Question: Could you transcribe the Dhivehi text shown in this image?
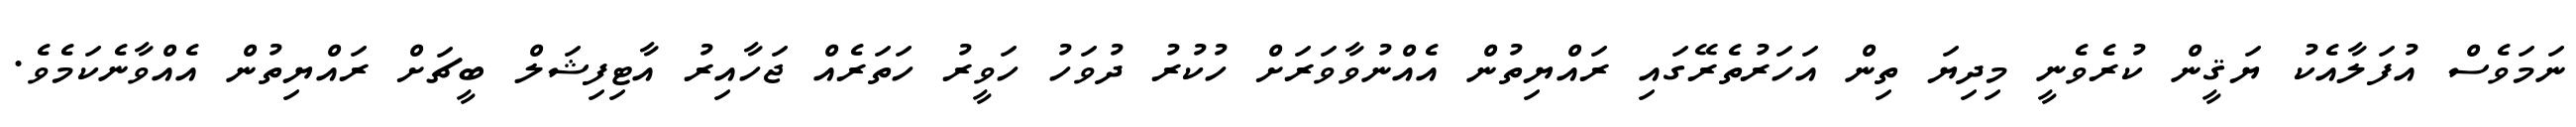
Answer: ނަމަވެސް އުފަލާއެކު ޔަޤީން ކުރެވެނީ މިދިޔަ ތިން އަހަރުތެރޭގައި ރައްޔިތުން އެއްނުވާވަރަށް ހުކުރު ދުވަހު ހަވީރު ހަތަރެއް ޖަހާއިރު އާޓިފިޝަލް ބީޗަށް ރައްޔިތުން އެއްވާނެކަމެވެ.